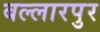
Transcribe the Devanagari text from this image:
बल्लारपुर